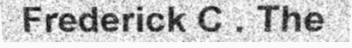
Frederick C . The